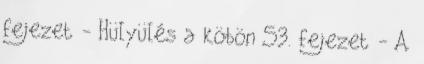
fejezet - Hülyülés a köbön 53. fejezet - A